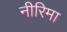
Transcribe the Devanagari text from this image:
नीरिमा